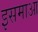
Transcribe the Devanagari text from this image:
इसमाआ